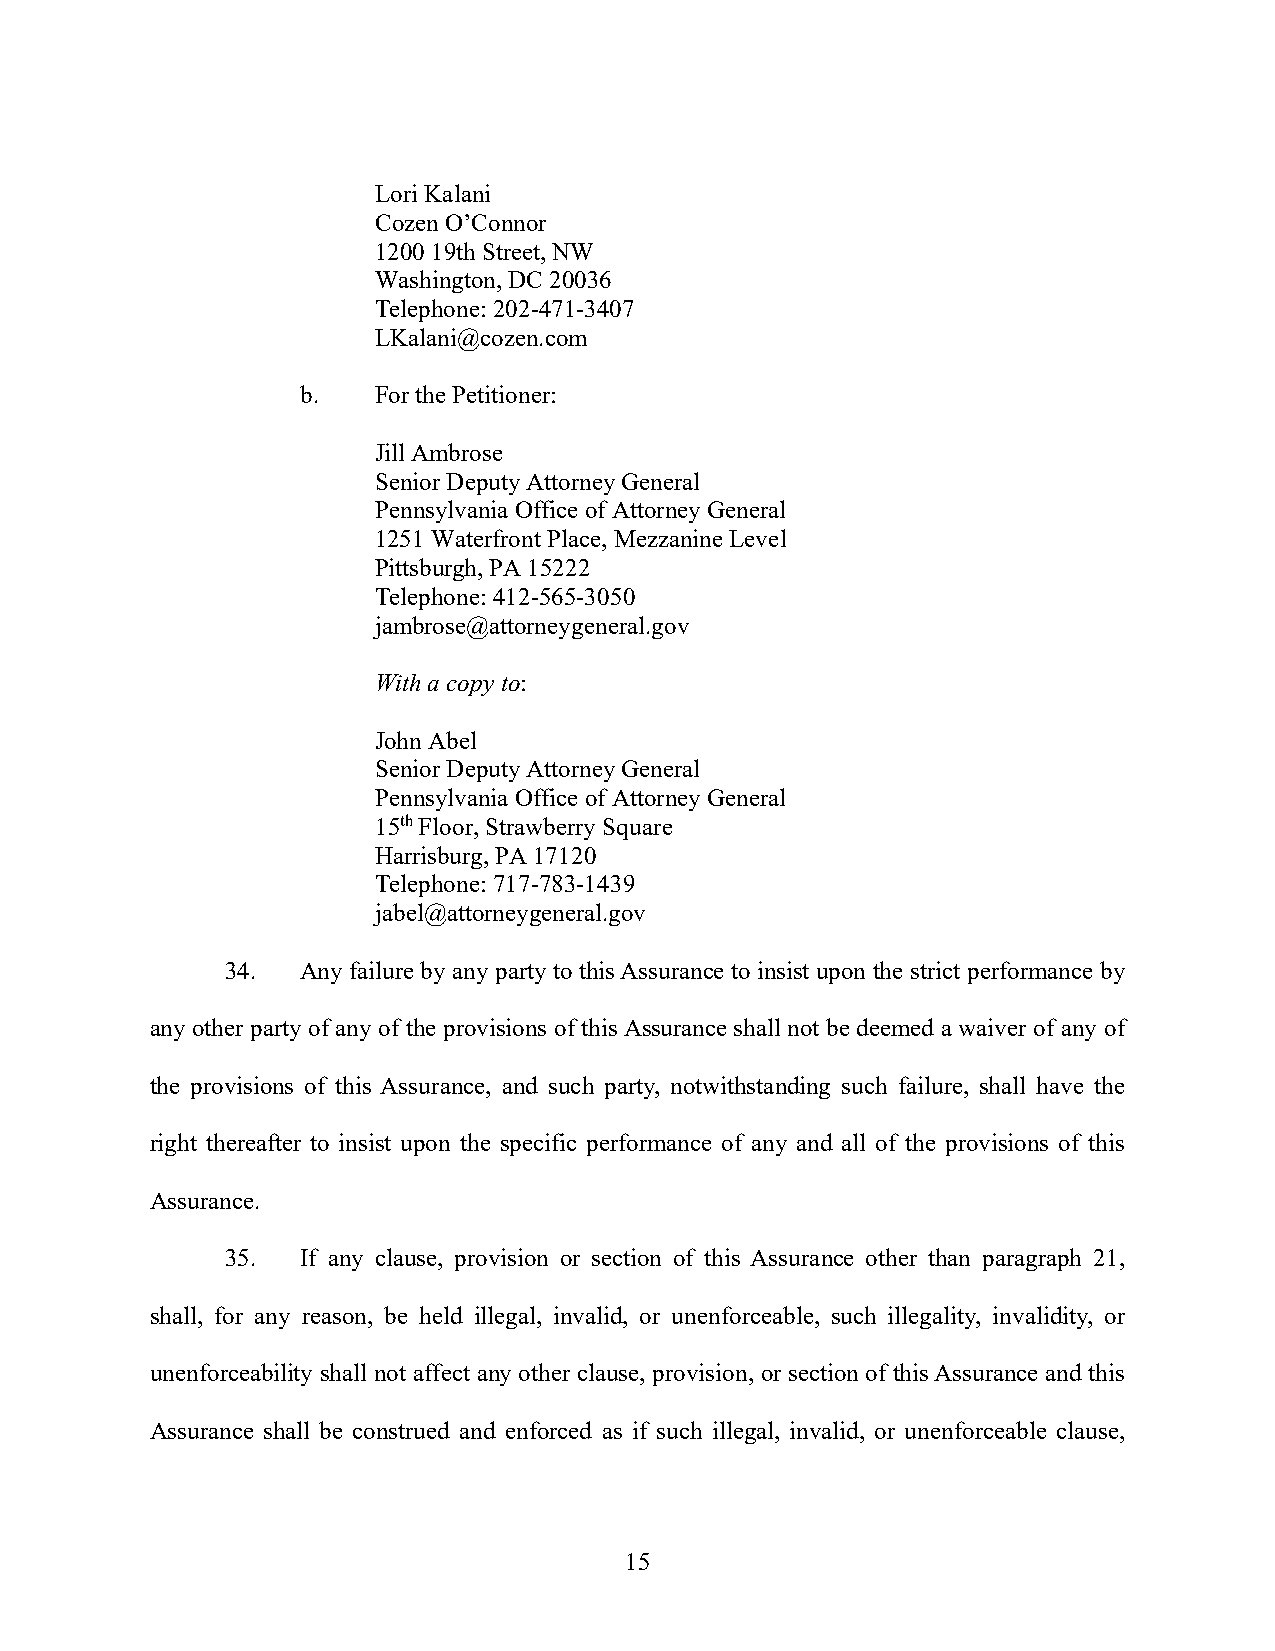
Lori Kalani
 Cozen O’Connor
 1200 19th Street, NW
 Washington, DC 20036
 Telephone: 202-471-3407
 LKalani@cozen.com
 b.   For the Petitioner:
 Jill Ambrose
 Senior Deputy Attorney General
 Pennsylvania Office of Attorney General
 1251 Waterfront Place, Mezzanine Level
 Pittsburgh, PA 15222
 Telephone: 412-565-3050
 jambrose@attorneygeneral.gov
 With a copy to:
 John Abel
 Senior Deputy Attorney General
 Pennsylvania Office of Attorney General
 15th Floor, Strawberry Square
 Harrisburg, PA 17120
 Telephone: 717-783-1439
 jabel@attorneygeneral.gov
 34.  Any failure by any party to this Assurance to insist upon the strict performance by
 any other party of any of the provisions of this Assurance shall not be deemed a waiver of any of
 the provisions of this Assurance, and such party, notwithstanding such failure, shall have the
 right thereafter to insist upon the specific performance of any and all of the provisions of this
 Assurance.
 35.  If any clause, provision or section of this Assurance other than paragraph 21,
 shall, for any reason, be held illegal, invalid, or unenforceable, such illegality, invalidity, or
 unenforceability shall not affect any other clause, provision, or section of this Assurance and this
 Assurance shall be construed and enforced as if such illegal, invalid, or unenforceable clause,
 15